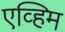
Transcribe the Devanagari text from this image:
एव्हिम